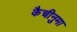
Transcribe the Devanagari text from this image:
कैचीनुमा